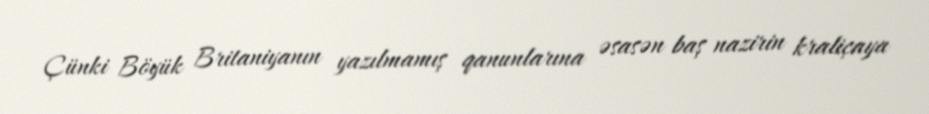
Çünki Böyük Britaniyanın yazılmamış qanunlarına əsasən baş nazirin kraliçaya